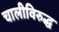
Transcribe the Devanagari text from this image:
चालीविरुद्ध